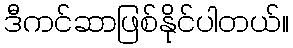
ဒီကင်ဆာဖြစ်နိုင်ပါတယ်။